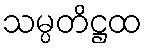
သမ္ပတိဋ္ဌထ